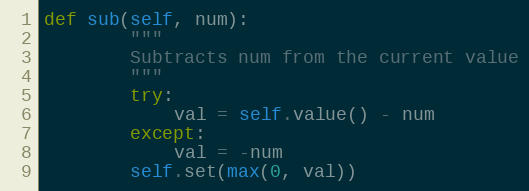
Language: Python
def sub(self, num):
        """
        Subtracts num from the current value
        """
        try:
            val = self.value() - num
        except:
            val = -num
        self.set(max(0, val))